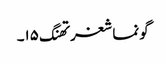
گونماشغرتھنگ ۱۵۔